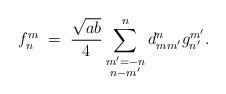
LaTeX: \begin{align*}f^{m}_{n}\;=\;\dfrac{\sqrt{ab}}{4} \sum_{\substack{ m' = - n \\ n-m' }}^{n} d_{mm^{\prime}}^{n} g_{n'}^{m^{\prime}}.\end{align*}